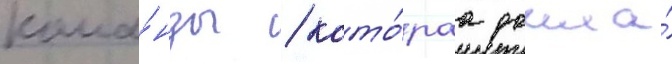
кома́нды / кото́раа дошла́